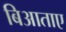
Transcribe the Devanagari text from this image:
बिआताए